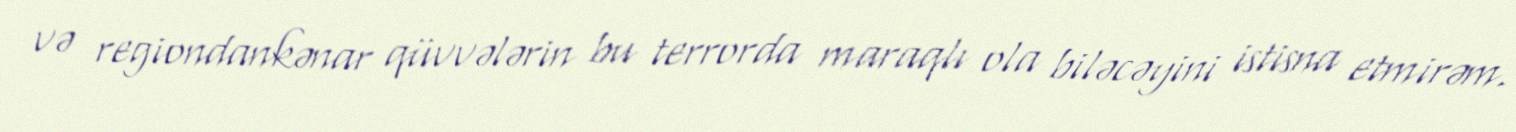
və regiondankənar qüvvələrin bu terrorda maraqlı ola biləcəyini istisna etmirəm.